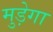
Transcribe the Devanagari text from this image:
मुड़ेगा